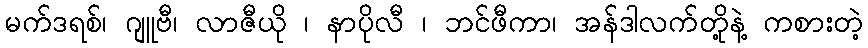
မက်ဒရစ်၊ ဂျူဗီ၊ လာဇီယို ၊ နာပိုလီ ၊ ဘင်ဖီကာ၊ အန်ဒါလက်တို့နဲ့ ကစားတဲ့